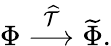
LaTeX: \Phi\stackrel{\widehat{\cal T}}{\longrightarrow}\widetilde\Phi.